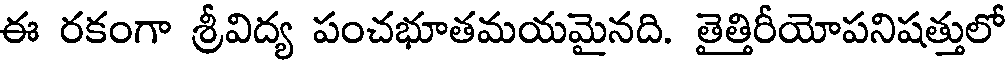
ఈ రకంగా శ్రీవిద్య పంచభూతమయమైనది. తైత్తిరీయోపనిషత్తులో